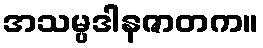
အသမ္ပဒါနဇာတက။